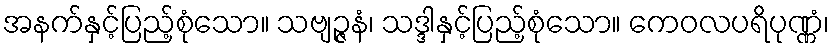
အနက်နှင့်ပြည့်စုံသော။ သဗျဉ္ဇနံ၊ သဒ္ဒါနှင့်ပြည့်စုံသော။ ကေဝလပရိပုဏ္ဏံ၊